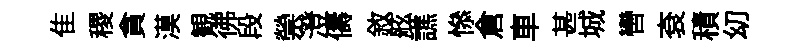
隹稷貪漠観彿段禜澄儔敘舷譙𢡖倉車甚城轡袞積㓜